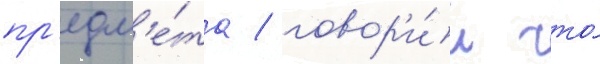
пр'едм'е́та / говор'и́л что́